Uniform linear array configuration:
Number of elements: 64
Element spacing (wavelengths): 1
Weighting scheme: hamming
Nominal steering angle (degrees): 60
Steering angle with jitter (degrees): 60.147
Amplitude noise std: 0.05
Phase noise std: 0.05

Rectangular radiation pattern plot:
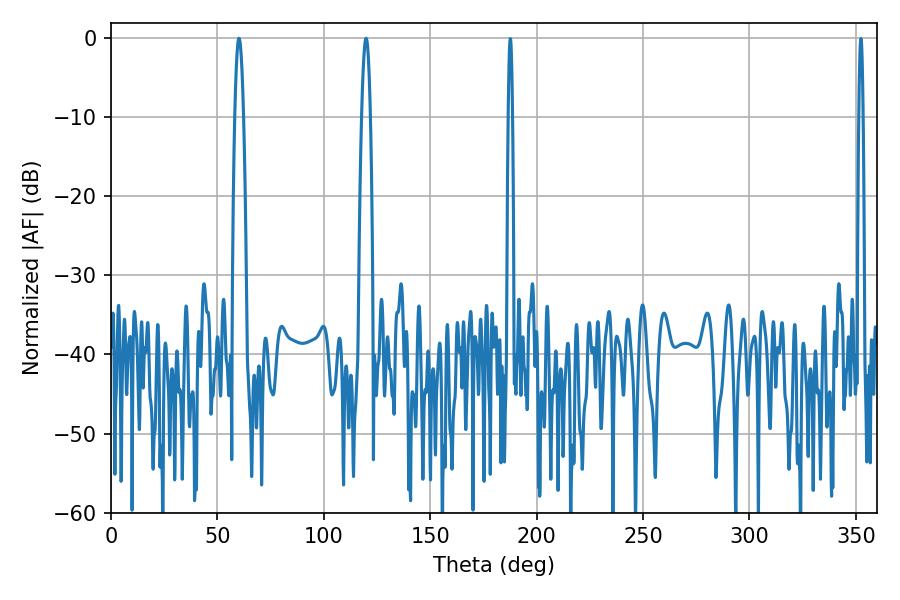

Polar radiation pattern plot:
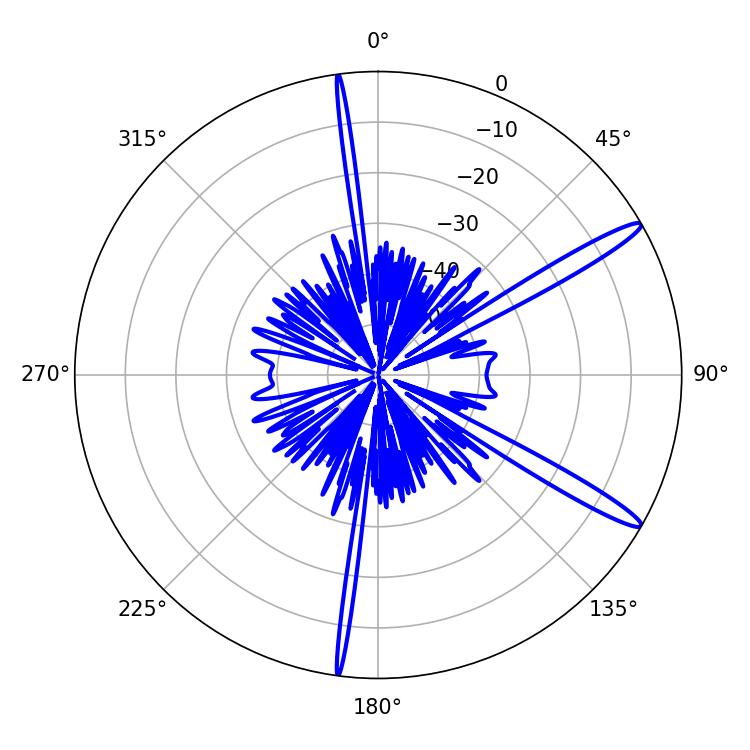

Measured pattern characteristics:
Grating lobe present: TRUE
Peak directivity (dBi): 14.606
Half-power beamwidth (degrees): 2.16
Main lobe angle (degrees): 60.12